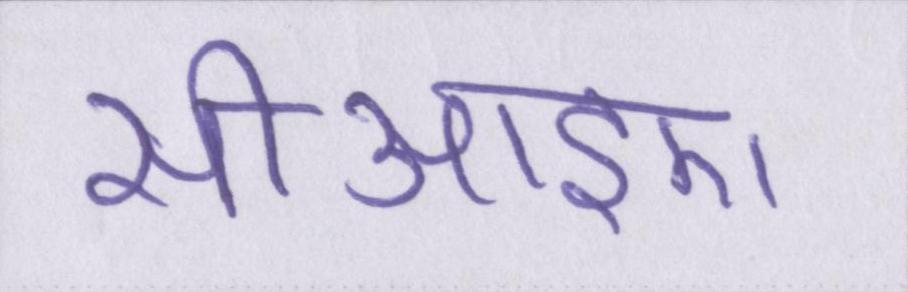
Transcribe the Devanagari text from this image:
सीआइए